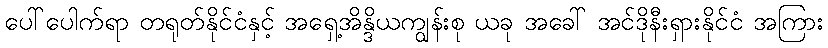
ပေါ်ပေါက်ရာ တရုတ်နိုင်ငံနှင့် အရှေ့အိန္ဒိယကျွန်းစု ယခု အခေါ် အင်ဒိုနီးရှားနိုင်ငံ အကြား